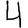
Digit: 4